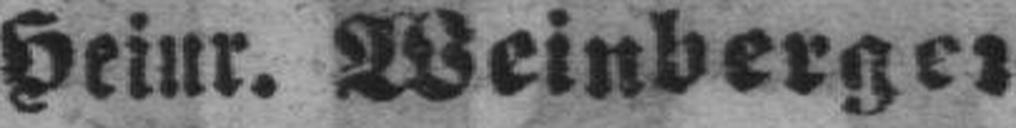
Heinr. Weinberger